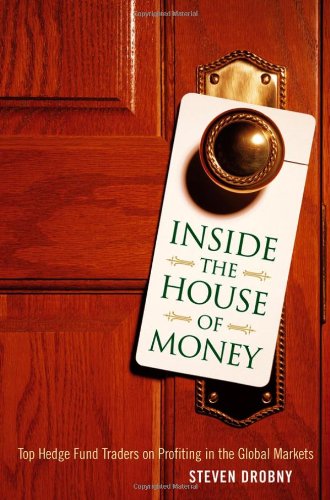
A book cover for Inside the House of Money: Top Hedge Fund Traders on Profiting in the Global Markets; Steven Drobny; Business & Money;